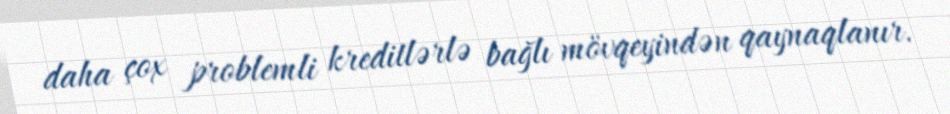
daha çox problemli kreditlərlə bağlı mövqeyindən qaynaqlanır.